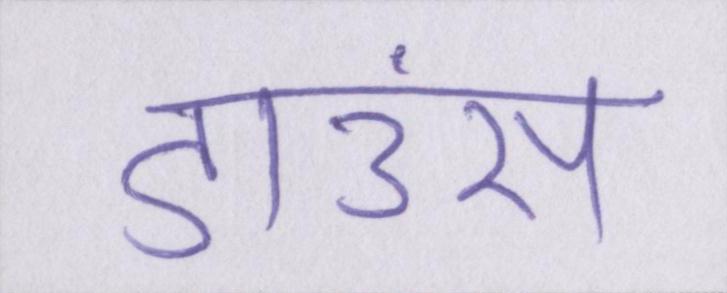
डाउंस